Leaving Certificate Examination, 1906
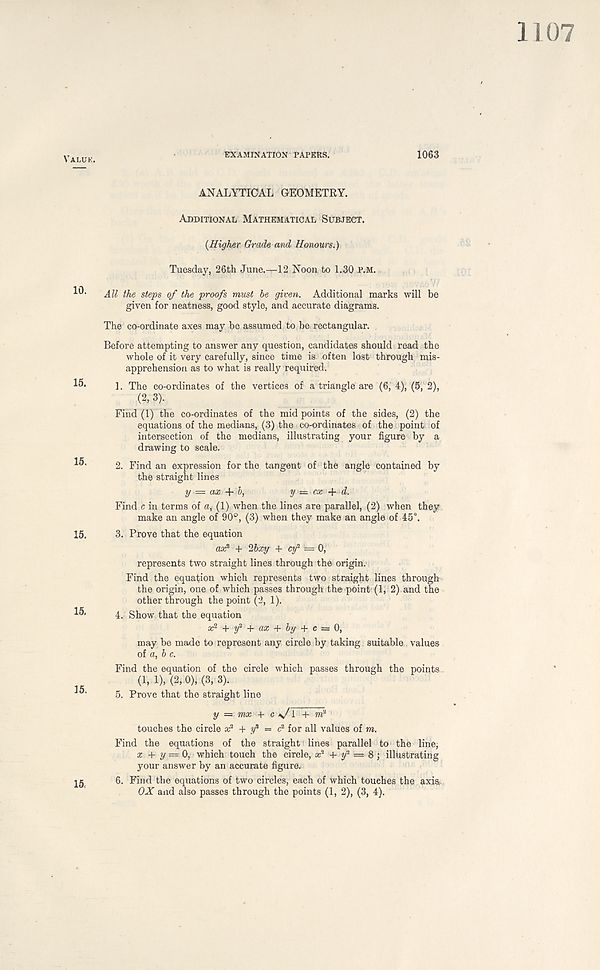
Valuk.
EXAMINATION PAPERS.
1063
ANALYTICAL GEOMETRY.
Additional Mathematical Subject.
{Higher Grade and Honours.)
Tuesday, 26th June.—12 Noon to 1.30 P.M.
All the steps of the proofs must be given. Additional marks will be
given for neatness, good style, and accurate diagrams.
15.
15.
15.
15.
15,
The co-ordinate axes may be assumed to be rectangular.
Before attempting to answer any question, candidates should read the
whole of it very carefully, since time is often lost through mis-
apprehension as to what is really required.
1. The co-ordinates of the vertices of a triangle are (6, 4), (5, 2),
(2,3).
Find (1) the co-ordinates of the mid points of the sides, (2) the
equations of the medians, (3) the co-ordinates of the point of
intersection of the medians, illustrating your figure by a
drawing to scale.
2. Find an expression for the tangent of the angle contained by
the straight lines
y = ax+b,
y = cx + d.
Find c in terms of a, (1) when the lines are parallel, (2) when they
make an angle of 90°, (3) when they make an angle of 45°.
3. Prove that the equation
oa; 2 + 2bxy + cif '= 0,'
represents two straight lines through the origin.
Find the equation which represents two straight lines through
the origin, one of which passes through the point-(1, 2) and the
other through the point (2, 1).
4. Show that the equation
x 2 + y 2 + ax + by + c = 0,
may be made to represent any circle by taking suitable . values
of a, b c.
Find the equation of the circle which passes through the points
(1, 1), (2,0), (3, 3).
5. Prove that the straight line
y = mx + cx/i + m*
touches the circle x 2 + y 2 = c 2 for all values of m.
Find the equations of the straight lines parallel to the line,
x + y = 0, which touch the circle, x 2 + y- = 8; illustrating
your answer by an accurate figure.
6. Find the equations of two circles, each of which touches the axis;
OX and also passes through the points (1, 2), (3, 4).